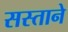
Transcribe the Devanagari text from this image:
सस्ताने